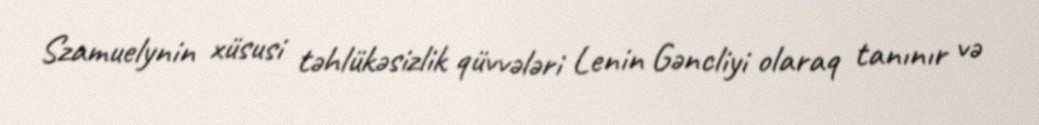
Szamuelynin xüsusi təhlükəsizlik qüvvələri Lenin Gəncliyi olaraq tanınır və